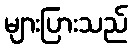
များပြားသည်